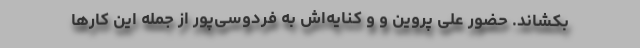
بکشاند. حضور علی پروین و و کنایه‌اش به فردوسی‌پور از جمله این کارها